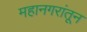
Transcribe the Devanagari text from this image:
महानगरांतून